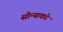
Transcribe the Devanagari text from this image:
सोन्याकडे